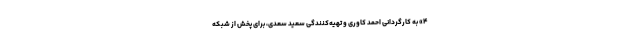
۴» به کارگردانی احمد کاوری و تهیه‌کنندگی سعید سعدی، برای پخش از شبکه